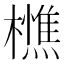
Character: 𭬦